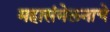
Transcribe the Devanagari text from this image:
महासंमेलनाचे